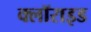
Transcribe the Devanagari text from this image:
क्लॉराइड